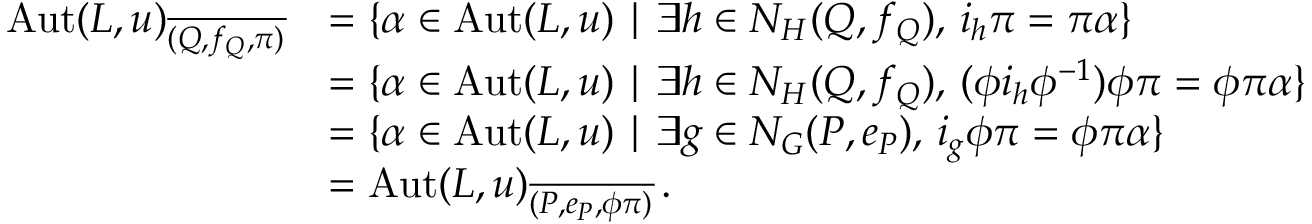
\begin{array} { r l } { \mathrm { A u t } ( L , u ) _ { \overline { { ( Q , f _ { Q } , \pi ) } } } } & { = \{ \alpha \in \mathrm { A u t } ( L , u ) \mid \exists h \in N _ { H } ( Q , f _ { Q } ) , \, i _ { h } \pi = \pi \alpha \} } \\ & { = \{ \alpha \in \mathrm { A u t } ( L , u ) \mid \exists h \in N _ { H } ( Q , f _ { Q } ) , \, ( \phi i _ { h } \phi ^ { - 1 } ) \phi \pi = \phi \pi \alpha \} } \\ & { = \{ \alpha \in \mathrm { A u t } ( L , u ) \mid \exists g \in N _ { G } ( P , e _ { P } ) , \, i _ { g } \phi \pi = \phi \pi \alpha \} } \\ & { = \mathrm { A u t } ( L , u ) _ { \overline { { ( P , e _ { P } , \phi \pi ) } } } \, . } \end{array}